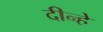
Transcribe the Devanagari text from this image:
दीन्हे